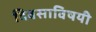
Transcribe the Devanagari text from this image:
दिवसाविषयी